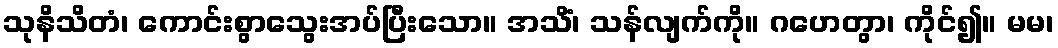
သုနိသိတံ၊ ကောင်းစွာသွေးအပ်ပြီးသော။ အသိံ၊ သန်လျက်ကို။ ဂဟေတွာ၊ ကိုင်၍။ မမ၊